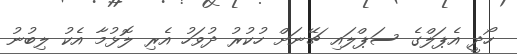
ހޯދީ އެޕަލްގެ ސަޕްލައި ޗޭނަށް ހުކުރު ދުވަހު އެރި ލޮޅުމާ އެކު ލިބުނު